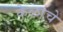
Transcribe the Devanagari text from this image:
केळाचे